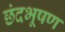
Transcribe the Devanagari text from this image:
छंदभूषण